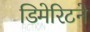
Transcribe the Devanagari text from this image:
डिमेरिटने